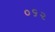
૦૬૨